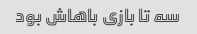
سه تا بازی باهاش بود